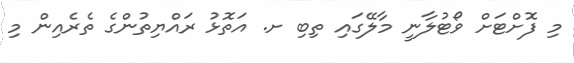
މި ފޮށްޓަށް ވޯޓުލާނީ މާލޭގައި ތިބި ށ. އަތޮޅު ރައްޔިތުންގެ ތެރެއިން މި